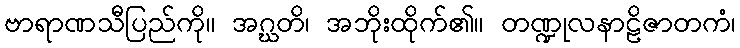
ဗာရာဏသီပြည်ကို။ အဂ္ဃတိ၊ အဘိုးထိုက်၏။ တဏ္ဍုလနာဠိဇာတကံ၊